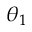
\theta _ { 1 }